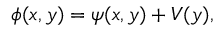
\phi ( x , y ) = \psi ( x , y ) + V ( y ) ,